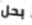
بحل